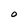
Character: o